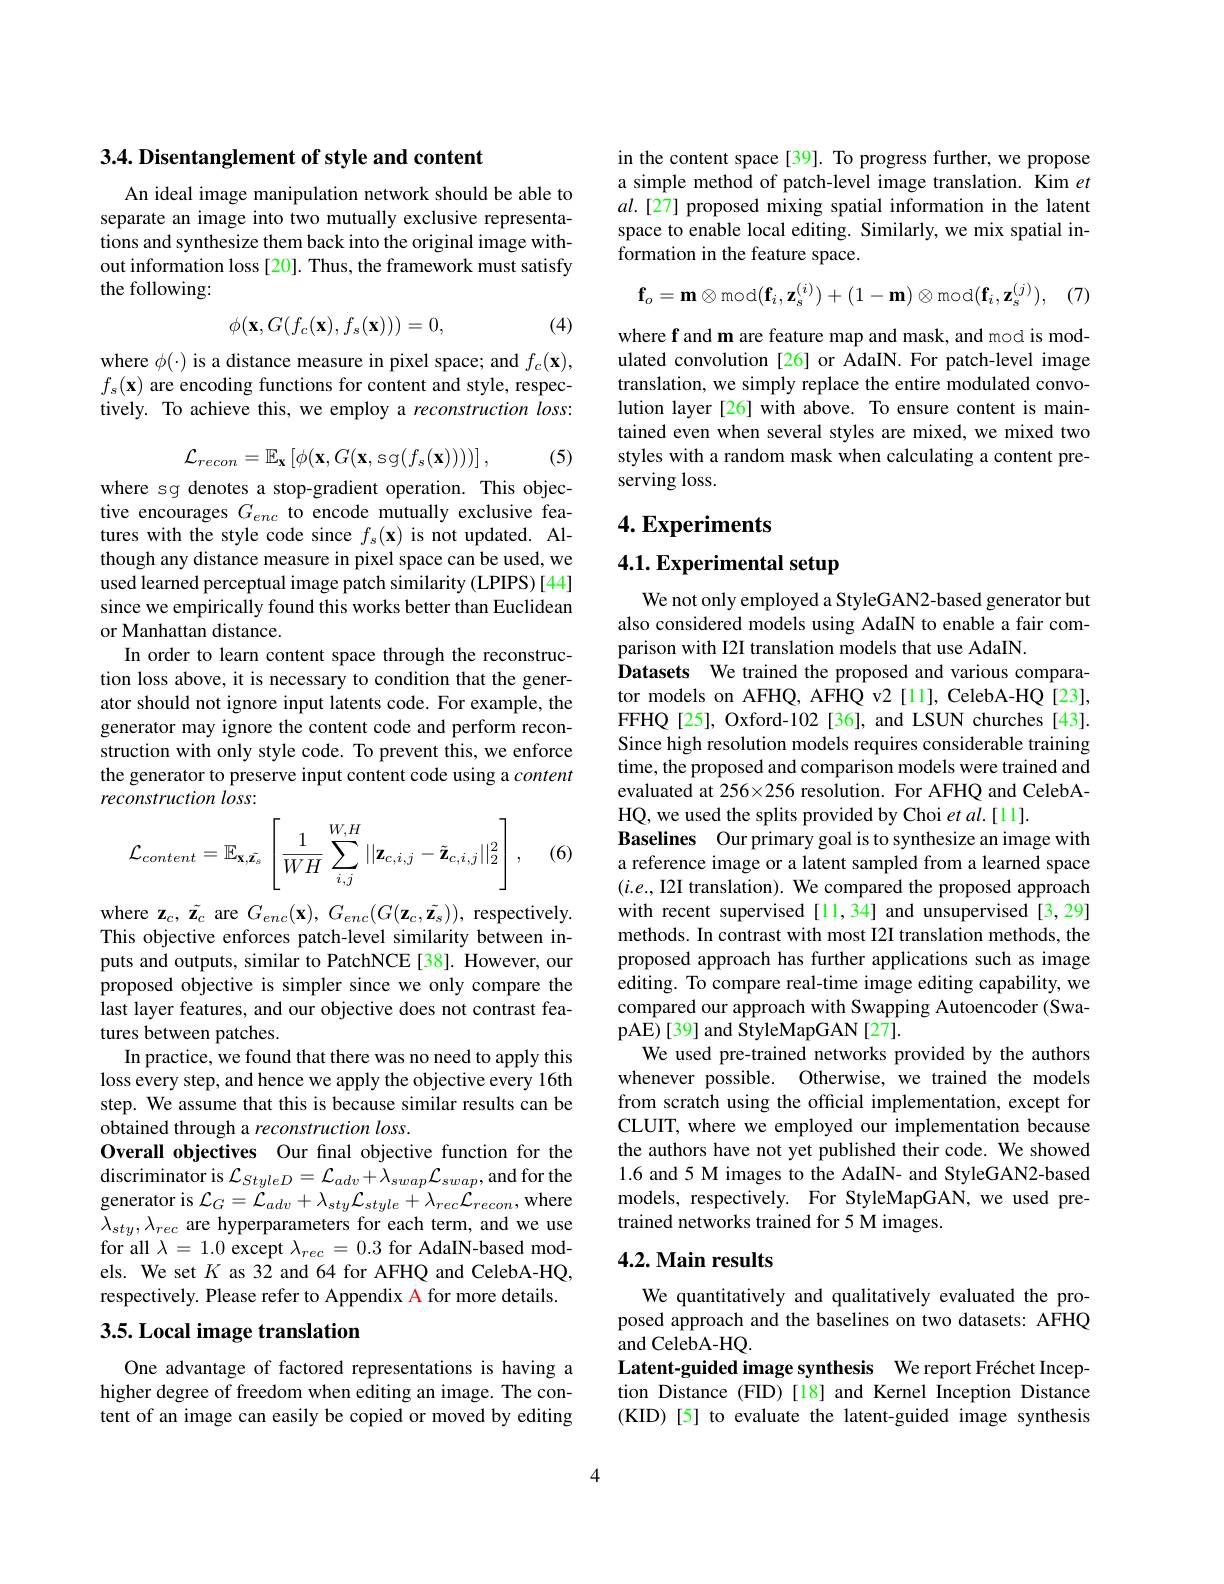
3.4. Disentanglement of style and content

An ideal image manipulation network should be able to separate an image into two mutually exclusive representations and synthesize them back into the original image without information loss [20]. Thus, the framework must satisfy the following:
$$\phi(\mathbf{x},G(f_c(\mathbf{x}),f_s(\mathbf{x})))=0,$$
(4)

where $\phi(\cdot)$ is a distance measure in pixel space; and $f_c(\mathbf{x})$, $f_{s}(\mathbf{x})$ are encoding functions for content and style, respectively. To achieve this, we employ a reconstruction loss:

(5)
$$\mathcal{L}_{recon}=\mathbb{E}_{\mathbf{x}}\left[\phi(\mathbf{x},G(\mathbf{x},\mathrm{sg}(f_{s}(\mathbf{x}))))\right],$$
where sg denotes a stop-gradient operation. This objective encourages $G_{enc}$ to encode mutually exclusive features with the style code since $f_s(\mathbf{x})$ is not updated. Although any distance measure in pixel space can be used, we used learned perceptual image patch similarity (LPIPS) [44] since we empirically found this works better than Euclidean or Manhattan distance.
In order to learn content space through the reconstruction loss above, it is necessary to condition that the generator should not ignore input latents code. For example, the generator may ignore the content code and perform reconstruction with only style code. To prevent this, we enforce the generator to preserve input content code using a content reconstruction loss:

(6)
$$\mathcal{L}_{content}=\mathbb{E}_{\mathbf{x},\tilde{\mathbf{z}}_s}\left[\frac{1}{WH}\sum_{i,j}^{W,H}||\mathbf{z}_{c,i,j}-\tilde{\mathbf{z}}_{c,i,j}||_2^2\right],$$
where $\mathbf{z}_{c},\tilde{\mathbf{z}}_{c}$ are $G_enc(\mathbf{x}),G_{enc}(G(\mathbf{z}_{c},\tilde{\mathbf{z}}_{s}))$, respectively. This objective enforces patch-level similarity between inputs and outputs, similar to PatchNCE [38]. However, our proposed objective is simpler since we only compare the last layer features, and our objective does not contrast features between patches.
In practice, we found that there was no need to apply this loss every step, and hence we apply the objective every 16th step. We assume that this is because similar results can be obtained through a reconstruction loss.
Overall objectives Our fınal objective function for the $\operatorname{discriminator}$is $\mathcal{L}_StyleD=\mathcal{L}_{adv}+\lambda_{swap}\mathcal{L}_{swap}$,and for the ${\mathrm{generator~is~}}\mathcal{L}_{G}={\bar{\mathcal{L}}}_{adv}+\lambda_{sty}{\mathcal{L}}_{style}+\lambda_{rec}{\dot{\mathcal{L}}}_{recon}$,where $\lambda_{sty},\lambda_{rec}$ are hyperparameters for each term, and we use for all $\lambda=1.0$ except $\lambda_rec=0.3$ for AdaIN-based models. We set $K$ as 32 and 64 for AFHQ and CelebA-HQ, respectively. Please refer to Appendix A for more details.

## 3.5. Local image translation

One advantage of factored representations is having a higher degree of freedom when editing an image. The content of an image can easily be copied or moved by editing

in the content space [39]. To progress further, we propose a simple method of patch-level image translation. Kim $et$ $al.[27]$ proposed mixing spatial information in the latent space to enable local editing. Similarly, we mix spatial information in the feature space.
$$\mathbf{f}_o=\mathbf{m}\otimes\mathrm{mod}(\mathbf{f}_i,\mathbf{z}_s^{(i)})+(1-\mathbf{m})\otimes\mathrm{mod}(\mathbf{f}_i,\mathbf{z}_s^{(j)}),$$
(7)

where f and m are feature map and mask, and mod is modulated convolution [26] or AdaIN. For patch-level image translation, we simply replace the entire modulated convolution layer [26] with above. To ensure content is maintained even when several styles are mixed, we mixed two styles with a random mask when calculating a content preserving loss.

## $4. \textbf{Experiments}$

4.1. Experimental setup

We not only employed a StyleGAN2-based generator but also considered models using AdaIN to enable a fair comparison with I2I translation models that use AdaIN.
Datasets We trained the proposed and various comparator models on AFHQ, AFHQ v2 [11], CelebA-HQ [23], FFHQ[25], Oxford-102[36], and LSUN churches[43]. Since high resolution models requires considerable training time, the proposed and comparison models were trained and evaluated at 256×256 resolution. For AFHQ and CelebAHQ, we used the splits provided by Choi et al.[11].
Baselines Our primary goal is to synthesize an image with a reference image or a latent sampled from a learned space $(i.e.$, I2I translation). We compared the proposed approach with recent supervised [11,34] and unsupervised [3,29] methods. In contrast with most I2I translation methods, the proposed approach has further applications such as image editing. To compare real-time image editing capability, we compared our approach with Swapping Autoencoder (SwapAE)[39] and StyleMapGAN[27].
We used pre-trained networks provided by the authors whenever possible. Otherwise, we trained the models from scratch using the official implementation, except for CLUIT, where we employed our implementation because the authors have not yet published their code. We showed 1.6 and 5 M images to the AdaIN- and StyleGAN2-based models, respectively. For StyleMapGAN, we used pretrained networks trained for 5 M images.

## 4.2. Main results

We quantitatively and qualitatively evaluated the proposed approach and the baselines on two datasets: AFHQ and CelebA-HQ.
Latent-guided image synthesis We report Fréchet Inception Distance (FID)[18] and Kernel Inception Distance (KID) [5] to evaluate the latent-guided image synthesis

4